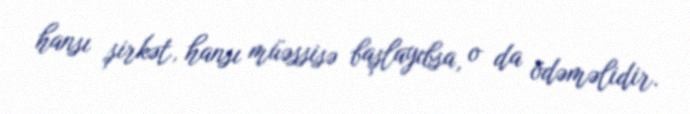
hansı şirkət, hansı müəssisə başlayıbsa, o da ödəməlidir.